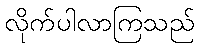
လိုက်ပါလာကြသည်